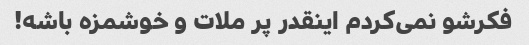
فکرشو نمی‌کردم اینقدر پر ملات و خوشمزه باشه!